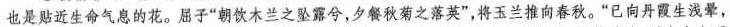
也是贴近生命气息的花。屈子”朝饮木兰之坠露兮，夕餐秋菊之落英”，将玉兰推向春秋。”已向丹霞生浅晕，